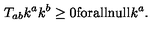
T _ { a b } k ^ { a } k ^ { b } \geq 0 \mathrm { f o r a l l n u l l } k ^ { a } .